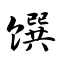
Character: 馔